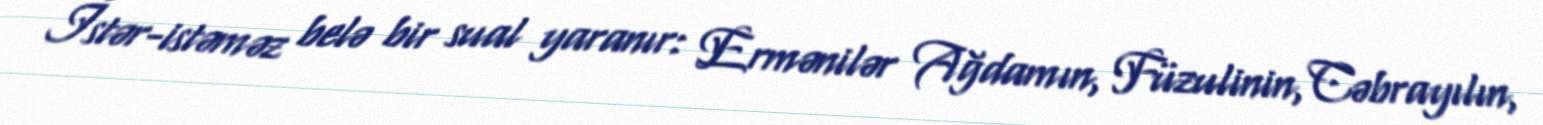
İstər-istəməz belə bir sual yaranır: Ermənilər Ağdamın, Füzulinin, Cəbrayılın,